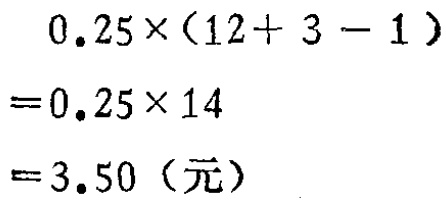
\[
\begin{align*}
&0.25\times(12 + 3 - 1)\\
=&0.25\times14\\
=&3.50 \text{（元）}
\end{align*}
\]